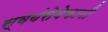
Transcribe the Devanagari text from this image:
स्वयंसेवेकानी